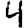
Digit: 4